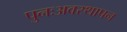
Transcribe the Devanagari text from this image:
पुनःअवस्थापन